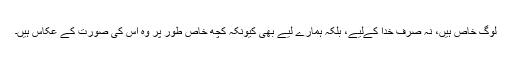
لوگ خاص ہیں، نہ صرف خُدا کےلیے، بلکہ ہمارے لیے بھی کیونکہ کچھ خاص طور پر وہ اُس کی صُورت کے عکاس ہیں۔